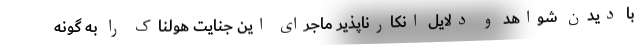
با دیدن شواهد و دلایل انکارناپذیر ماجرای این جنایت هولناک را به گونه